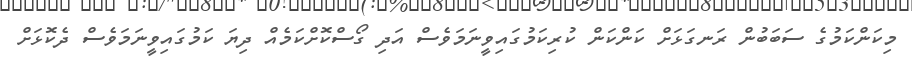
މިކަންކަމުގެ ސަބަބުން ރަނގަޅަށް ކަންކަން ކުރިކަމުގައިވީނަމަވެސް އަދި ގޯސްކޮށްކަމެއް ދިޔަ ކަމުގައިވީނަމަވެސް ދެކޮޅަށް